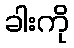
ခါးကို